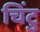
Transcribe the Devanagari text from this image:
चिंटु